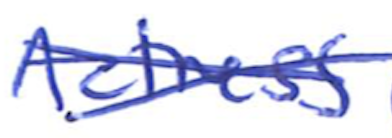
Text: Actress
Cross-out: cross
Writing tool: ballpoint